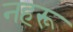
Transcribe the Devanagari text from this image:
नहरू